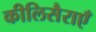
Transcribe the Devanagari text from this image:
कीलिसैराएँ